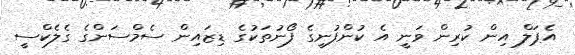
އެޕަލް އިން ކުރިން ވަނީ އެ ކުންފުނީގެ ފޯނުތަކުގެ ޑިޒައިން ސެމްސަންގެ ގެލެކްސީ